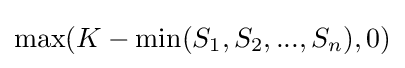
\max(K-\min(S_{1},S_{2},...,S_{n}),0)